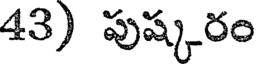
43) పుష్కరం